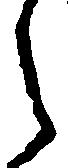
々